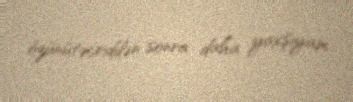
özünütəcriddən sonra daha yaxşıyam.